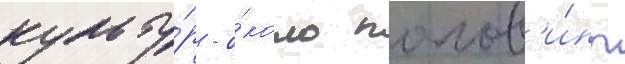
культу́р - о́коло полов'и́ны